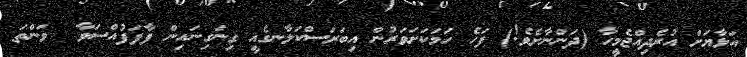
އަޅާޔަށް އުރެދިއްޖެމީހާ (ދަންނާށެވެ!) ފަހެ ހަމަކަށަވަރުން އިބަރަސްކަލާނގެއީ ގިނަގިނައިން ފާފަފުއްސަވާ  ވަންތަ